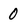
Character: 0